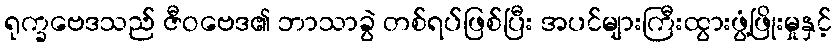
ရုက္ခဗေဒသည် ဇီဝဗေဒ၏ ဘာသာခွဲ တစ်ရပ်ဖြစ်ပြီး အပင်များကြီးထွားဖွံ့ဖြိုးမှုနှင့်